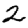
Digit: 2